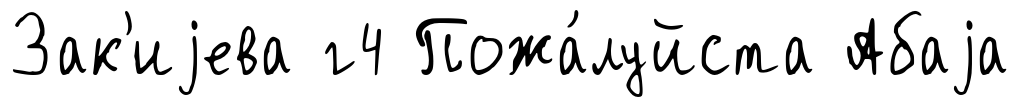
Зак'иjева г4 Пожа́луйста Абаjа